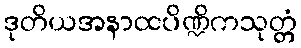
ဒုတိယအနာထပိဏ္ဍိကသုတ္တံ